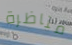
مناظرة